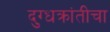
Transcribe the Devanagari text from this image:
दुग्धक्रांतीचा